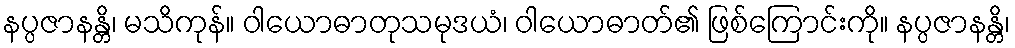
နပ္ပဇာနန္တိ၊ မသိကုန်။ ဝါယောဓာတုသမုဒယံ၊ ဝါယောဓာတ်၏ ဖြစ်ကြောင်းကို။ နပ္ပဇာနန္တိ၊